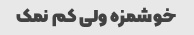
خوشمزه ولی کم نمک